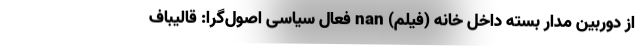
از دوربین مدار بسته داخل خانه (فیلم) nan فعال سیاسی اصول‌گرا: قالیباف